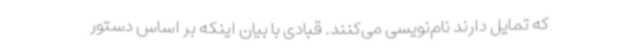
که تمایل دارند نام‌نویسی می‌کنند. قبادی با بیان اینکه بر اساس دستور